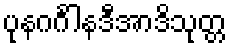
ပုနဂင်္ဂါနဒီအာဒိသုတ္တ